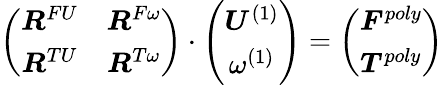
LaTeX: \left(\begin{array}{cc}{\boldsymbol{R}^{FU}}&{\boldsymbol{R}^{F\omega}}\\ {\boldsymbol{R}^{TU}}&{\boldsymbol{R}^{T\omega}}\end{array}\right)\cdot\left(\begin{array}{c}{\boldsymbol{U}^{(1)}}\\ {\omega^{(1)}}\end{array}\right)=\left(\begin{array}{c}{\boldsymbol{F}^{poly}}\\ {\boldsymbol{T}^{poly}}\end{array}\right)